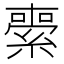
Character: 𦃦